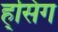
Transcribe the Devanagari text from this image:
ह्सिंग